Indian journal of veterinary science and animal husbandry - Volumes 15-17, 1948-1951
Year: 1948
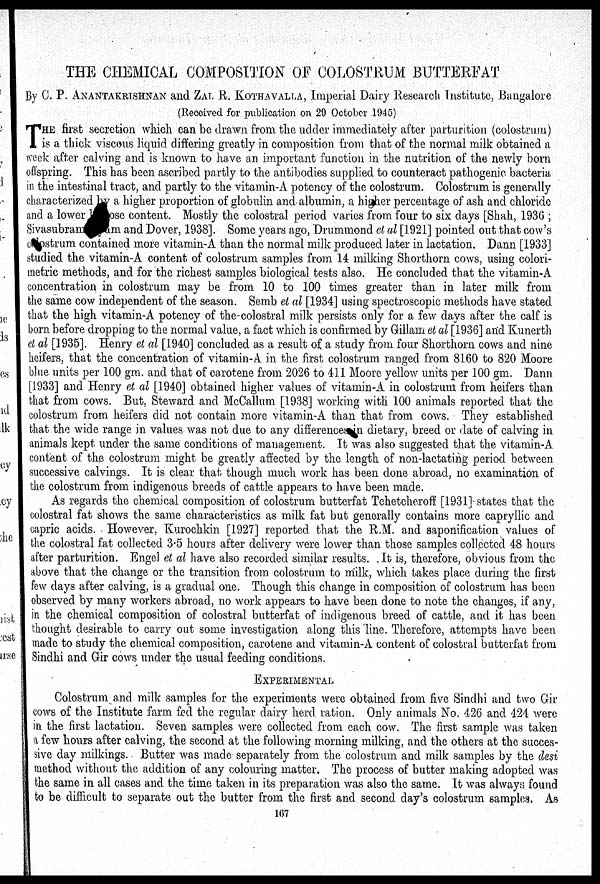
THE CHEMICAL COMPOSITION OF COLOSTRUM BUTTERFAT
By C. P. ANANTAKRISHNAN and ZAL R. KOTHAVALLA, Imperial Dairy Research Institute, Bangalore
(Received for publication on 29 October 1945)
T HE first secretion which can be drawn from the udder immediately after parturition (colostrum)
is a thick viscous liquid differing greatly in composition from that of the normal milk obtained a
week after calving and is known to have an important function in the nutrition of the newly born
offspring. This has been ascribed partly to the antibodies supplied to counteract pathogenic bacteria
in the intestinal tract, and partly to the vitamin-A potency of the colostrum. Colostrum is generally
characterized by a higher proportion of globulin and albumin, a higher percentage of ash and chloride
and a lower those content. Mostly the colostral period varies from four to six days [Shah, 1936;
Sivasubran
am and Dover, 1938]. Some years ago, Drummond et al [1921] pointed out that cow's
colostrum contained more vitamin-A than the normal milk produced later in lactation. Dann [1933]
studied the vitamin-A content of colostrum samples from 14 milking Shorthorn cows, using colori-
metric methods, and for the richest samples biological tests also. He concluded that the vitamin-A
concentration in colostrum may be from 10 to 100 times greater than in later milk from
the same cow independent of the season. Semb et al [1934] using spectroscopic methods have stated
that the high vitamin-A potency of the-colostral milk persists only for a few days after the calf is
born before dropping to the normal value, a fact which is confirmed by Gillam et al [1936] and Kunerth
et al [1935]. Henry et al [1940] concluded as a result of a study from four Shorthorn cows and nine
heifers, that the concentration of vitamin-A in the first colostrum ranged from 8160 to 820 Moore
blue units per 100 gm. and that of carotene from 2026 to 411 Moore yellow units per 100 gm. Dann
[1933] and Henry et al [1940] obtained higher values of vitamin-A in colostrum from heifers than
that from cows. But, Steward and McCallum [1938] working with 100 animals reported that the
colostrum from heifers did not contain more vitamin-A than that from cows. They established
that the wide range in values was not due to any differences in dietary, breed or date of calving in
animals kept under the same conditions of management. It was also suggested that the vitamin-A
content of the colostrum might be greatly affected by the length of non-lactating period between
successive calvings. It is clear that though much work has been done abroad, no examination of
the colostrum from indigenous breeds of cattle appears to have been made.
As regards the chemical composition of colostrum butterfat Tchetcheroff [1931] states that the
colostral fat shows the same characteristics as milk fat but generally contains more capryllic and
capric acids. However, Kurochkin [1927] reported that the R.M. and saponification values of
the colostral fat collected 3.5 hours after delivery were lower than those samples collected 48 hours
after parturition. Engel et al have also recorded similar results. It is, therefore, obvious from the
above that the change or the transition from colostrum to milk, which takes place during the first
few days after calving, is a gradual one. Though this change in composition of colostrum has been
observed by many workers abroad, no work appears to have been done to note the changes, if any,
in the chemical composition of colostral butterfat of indigenous breed of cattle, and it has been
thought desirable to carry out some investigation along this line. Therefore, attempts have been
made to study the chemical composition, carotene and vitamin-A content of colostral butterfat from
Sindhi and Gir cows under the usual feeding conditions.
EXPERIMENTAL
Colostrum and milk samples for the experiments were obtained from five Sindhi and two Gir
cows of the Institute farm fed the regular dairy herd ration. Only animals No. 426 and 424 were
in the first lactation. Seven samples were collected from each cow. The first sample was taken
a few hours after calving, the second at the following morning milking, and the others at the succes-
sive day milkings. Butter was made separately from the colostrum and milk samples by the desi
method without the addition of any colouring matter. The process of butter making adopted was
the same in all cases and the time taken in its preparation was also the same. It was always found
to be difficult to separate out the butter from the first and second day's colostrum samples. As
167